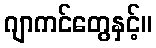
ဂျာကင်တွေနှင့်။